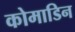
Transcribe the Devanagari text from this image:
कोमाडिन